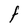
Character: F